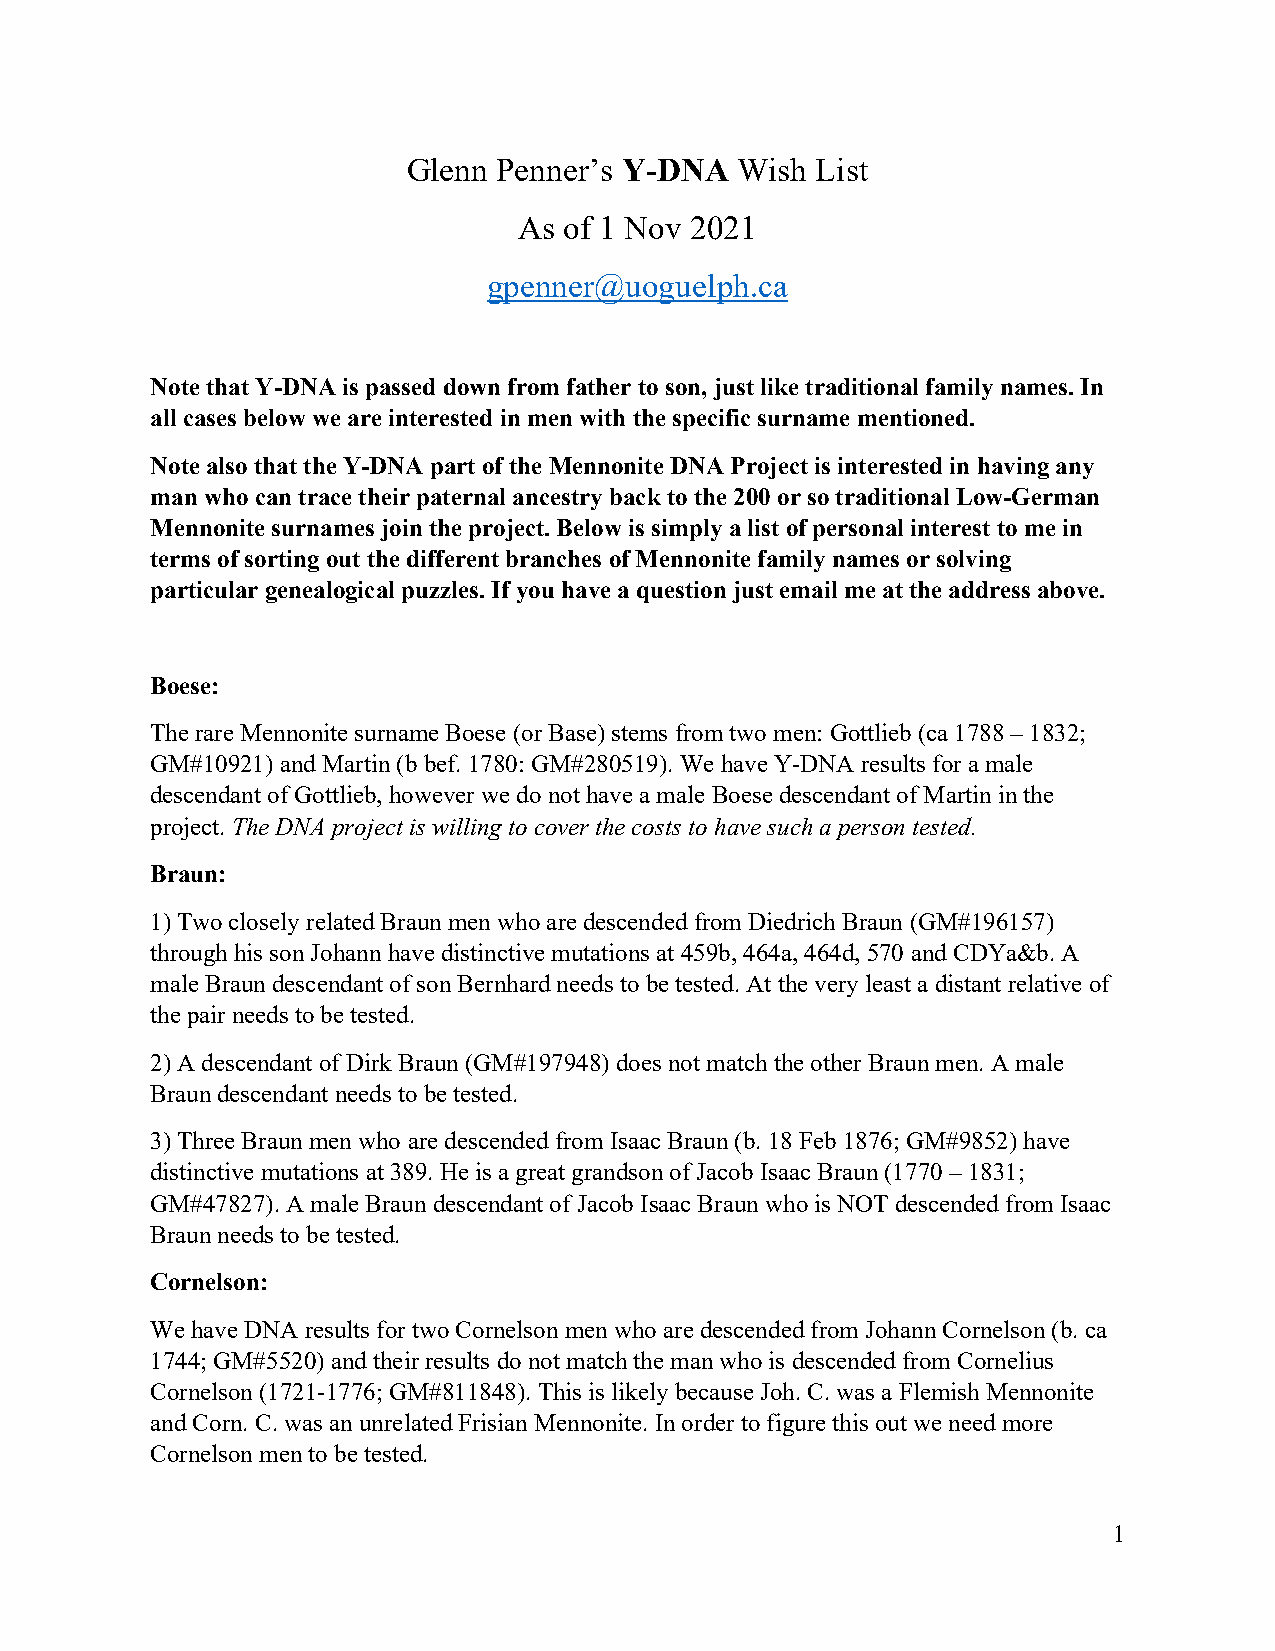
Glenn Penner’s Y-DNA  Wish List
 As of 1 Nov 2021
 gpenner@uoguelph.ca
 Note that Y-DNA is passed down from father to son, just like traditional family names. In
 all cases below we are interested in men with the specific surname mentioned.
 Note also that the Y-DNA part of the Mennonite DNA Project is interested in having any
 man who can trace their paternal ancestry back to the 200 or so traditional Low-German
 Mennonite surnames join the project. Below is simply a list of personal interest to me in
 terms of sorting out the different branches of Mennonite family names or solving
 particular genealogical puzzles. If you have a question just email me at the address above.
 Boese:
 The rare Mennonite surname Boese (or Base) stems from two men: Gottlieb (ca 1788 – 1832;
 GM#10921) and Martin (b bef. 1780: GM#280519). We have Y-DNA results for a male
 descendant of Gottlieb, however we do not have a male Boese descendant of Martin in the
 project. The DNA project is willing to cover the costs to have such a person tested.
 Braun:
 1) Two closely related Braun men who are descended from Diedrich Braun (GM#196157)
 through his son Johann have distinctive mutations at 459b, 464a, 464d, 570 and CDYa&b. A
 male Braun descendant of son Bernhard needs to be tested. At the very least a distant relative of
 the pair needs to be tested.
 2) A descendant of Dirk Braun (GM#197948) does not match the other Braun men. A male
 Braun descendant needs to be tested.
 3) Three Braun men who are descended from Isaac Braun (b. 18 Feb 1876; GM#9852) have
 distinctive mutations at 389. He is a great grandson of Jacob Isaac Braun (1770 – 1831;
 GM#47827). A male Braun descendant of Jacob Isaac Braun who is NOT descended from Isaac
 Braun needs to be tested.
 Cornelson:
 We have DNA results for two Cornelson men who are descended from Johann Cornelson (b. ca
 1744; GM#5520) and their results do not match the man who is descended from Cornelius
 Cornelson (1721-1776; GM#811848). This is likely because Joh. C. was a Flemish Mennonite
 and Corn. C. was an unrelated Frisian Mennonite. In order to figure this out we need more
 Cornelson men to be tested.
 1